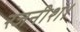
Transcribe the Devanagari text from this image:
रजनीश।